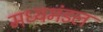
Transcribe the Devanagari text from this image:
मध्यमंडल